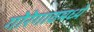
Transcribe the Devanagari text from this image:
गोरेगावमध्ये